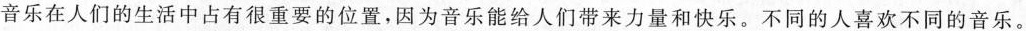
音乐在人们的生活中占有很重要的位置，因为音乐能给人们带来力量和快乐。不同的人喜欢不同的音乐。